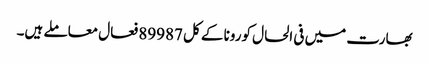
بھارت میں فی الحال کورونا کے کل 89987 فعال معاملے ہیں۔